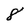
Character: 8